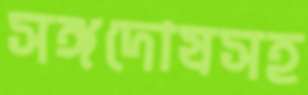
সঙ্গদোষসহ